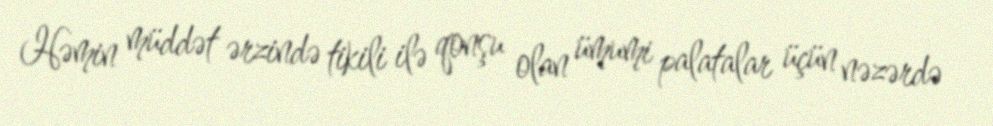
Həmin müddət ərzində tikili ilə qonşu olan ümumi palatalar üçün nəzərdə